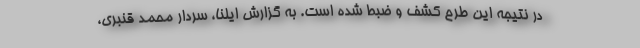
در نتیجه این طرح کشف و ضبط شده است. به گزارش ایلنا، سردار محمد قنبری،